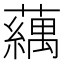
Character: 𬟍